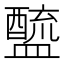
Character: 𨣓